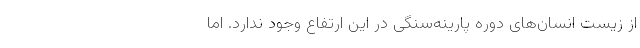
از زیست انسان‌های دوره‌ پارینه‌سنگی در این ارتفاع وجود ندارد. اما